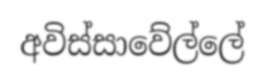
අවිස්සාවේල්ලේ